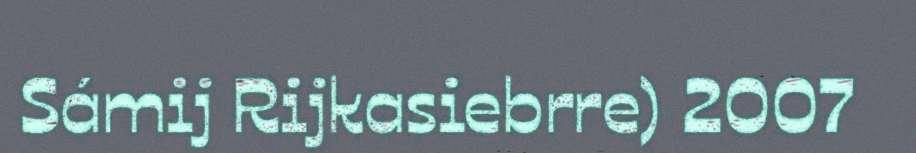
Sámij Rijkasiebrre) 2007